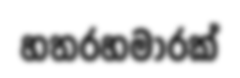
හතරහමාරක්